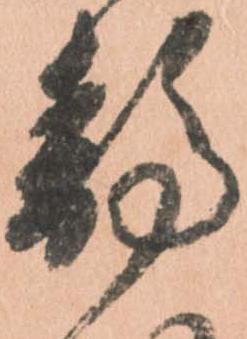
静